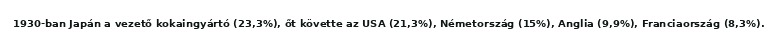
1930-ban Japán a vezető kokaingyártó (23,3%), őt követte az USA (21,3%), Németország (15%), Anglia (9,9%), Franciaország (8,3%).